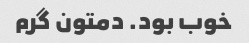
خوب بود. دمتون گرم